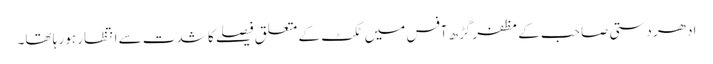
ادھر دستی صاحب کے مظفر گڑھ آفس میں ٹکٹ کے متعلق فیصلے کا شدت سے انتظار ہو رہا تھا۔